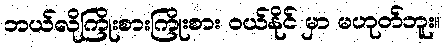
ဘယ်လိုကြိုးစားကြိုးစား ဝယ်နိုင် မှာ မဟုတ်ဘူး။